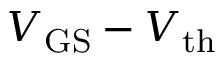
V _ { \mathrm { G S } } - V _ { \mathrm { t h } }